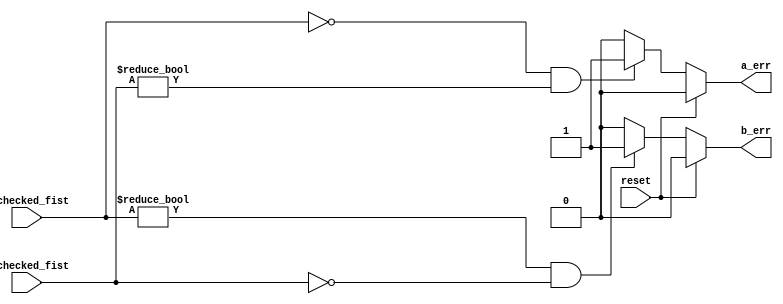
`timescale 1ns / 1ps
//////////////////////////////////////////////////////////////////////////////////
// Company: 
// Engineer: 
// 
// Design Name: 
// Module Name: slow_fist
// Project Name: 
// Target Devices: 
// Tool Versions: 
// Description: 
// 
// Dependencies: 
// 
// Revision:
// Revision 0.01 - File Created
// Additional Comments:
// 
//////////////////////////////////////////////////////////////////////////////////


module slow_fist(
    output a_err,
    output b_err,
    input [2:0]a_checked_fist,
    input [2:0]b_checked_fist,
    input reset
    );
    parameter no_fist = 3'b000;

assign a_err = (reset) ? 0:
               ((a_checked_fist == no_fist) & (b_checked_fist != no_fist)) ? 1 : 0;
               
assign b_err = (reset) ? 0:
               ((a_checked_fist != no_fist) & (b_checked_fist == no_fist)) ? 1 : 0;
endmodule